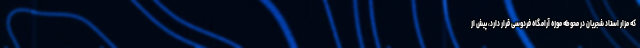
که مزار استاد شجریان در محوطه موزه آرامگاه فردوسی قرار دارد، پیش از